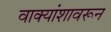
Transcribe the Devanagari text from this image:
वाक्यांशावरून